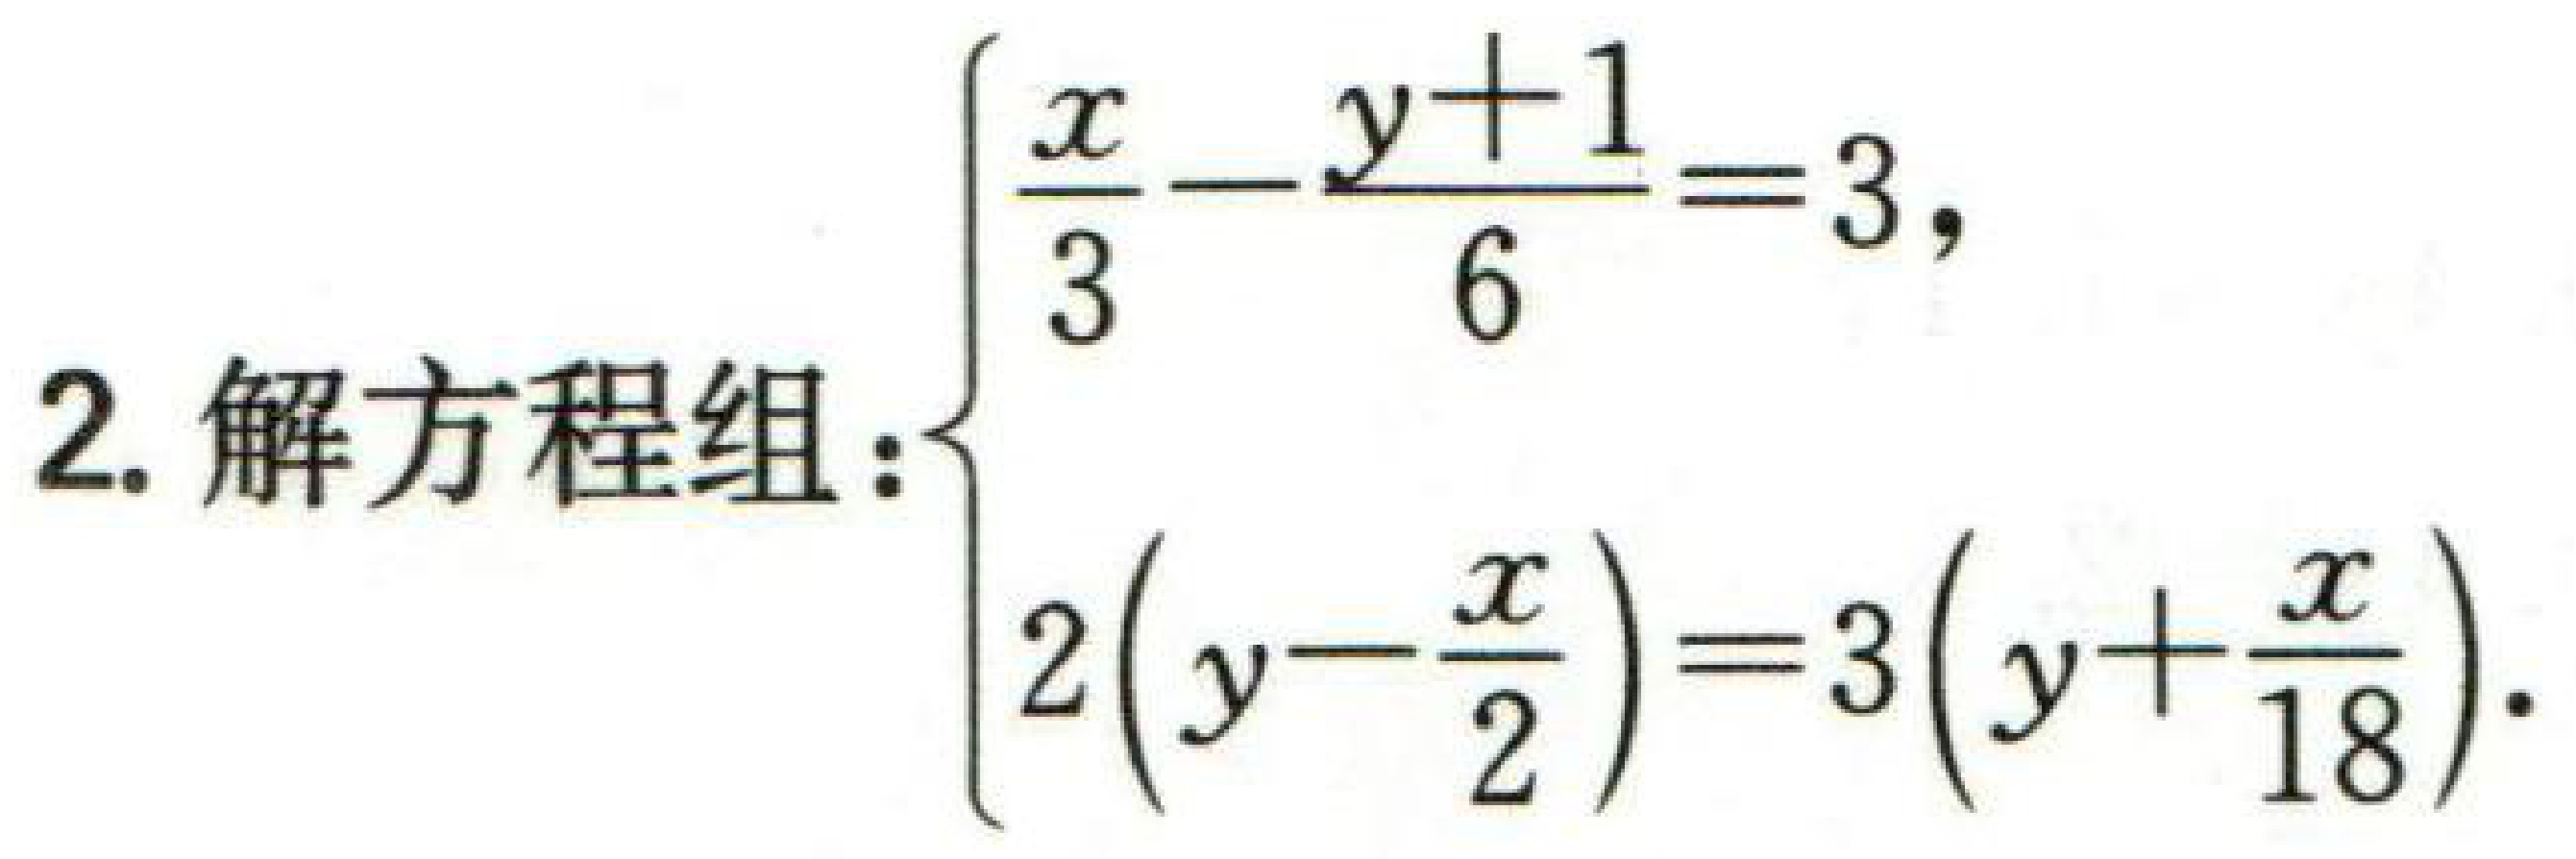
$2. 解方程组:\begin{cases}

\frac{x}{3}-\frac{y + 1}{6}=3,\\

2(y - \frac{x}{2})=3(y+\frac{x}{18}).

\end{cases}$